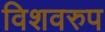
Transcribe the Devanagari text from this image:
विशवरुप